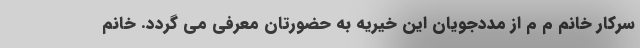
سرکار خانم م م از مددجویان این خیریه به حضورتان معرفی می گردد. خانم